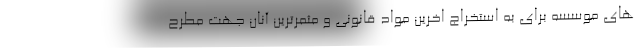
های موسسه برای به استخراج اخرین مواد قانونی و مثمرترین آنان جهت مطرح